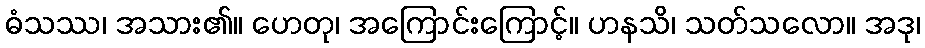
ဓံသဿ၊ အသား၏။ ဟေတု၊ အကြောင်းကြောင့်။ ဟနသိ၊ သတ်သလော။ အဒု၊